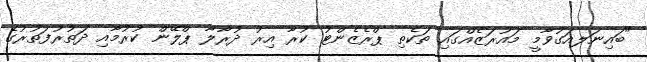
"ބައިނަލއަގުވާމީ މައުރަޒެއްގައި ތަކެތި ޕްރެޒެންޓު ކުރާ އިރު ދުރާލާ ޕްލޭން ކުރުމާއި ދަތުރުފަތުރުގެ